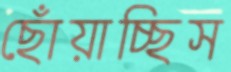
ছোঁয়াচ্ছিস